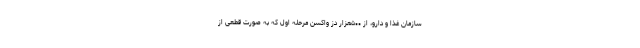
سازمان غذا و دارو، از ۵۰۰هزار دز واکسن مرحله اول که به صورت قطعی از